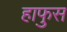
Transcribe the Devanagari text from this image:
हाफुस